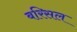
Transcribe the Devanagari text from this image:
बरिसल